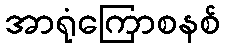
အာရုံကြောစနစ်